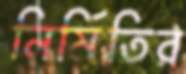
নির্মিতির